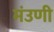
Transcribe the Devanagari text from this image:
मंउणी